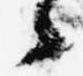
々